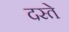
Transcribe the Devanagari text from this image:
दस्‍ते